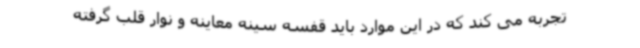
تجربه می کند که در این موارد باید قفسه سینه معاینه و نوار قلب گرفته